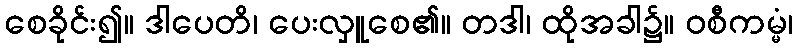
စေခိုင်း၍။ ဒါပေတိ၊ ပေးလှူစေ၏။ တဒါ၊ ထိုအခါ၌။ ဝစီကမ္မံ၊